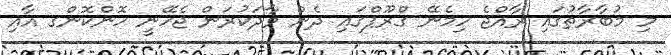
މި މުބާރާތުގައި ރާއްޖެ ހިމެނޭ ގްރޫޕްގައި ދެން ވާދަކުރަން ޖެހޭނީ ހޮންކޮންގ އާއި